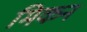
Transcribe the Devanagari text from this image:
मिकन